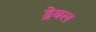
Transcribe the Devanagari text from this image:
ड्रेबल